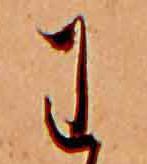
わ